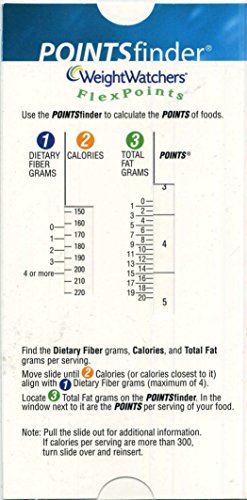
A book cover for Weight Watchers POINTSfinder Flexpoints Cardboard Slide Calculator; Health, Fitness & Dieting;